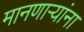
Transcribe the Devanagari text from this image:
मानणाऱ्यांना